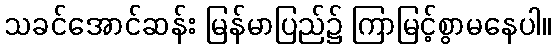
သခင်အောင်ဆန်း မြန်မာပြည်၌ ကြာမြင့်စွာမနေပါ။